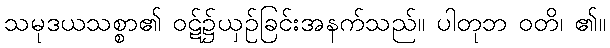
သမုဒယသစ္စာ၏ ဝဋ်၌ယှဉ်ခြင်းအနက်သည်။ ပါတုဘ ဝတိ၊ ၏။